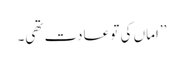
’’اماں کی تو عادت تھی۔